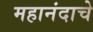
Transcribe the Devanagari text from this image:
महानंदाचे